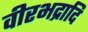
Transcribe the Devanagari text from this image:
वीरभद्रादि